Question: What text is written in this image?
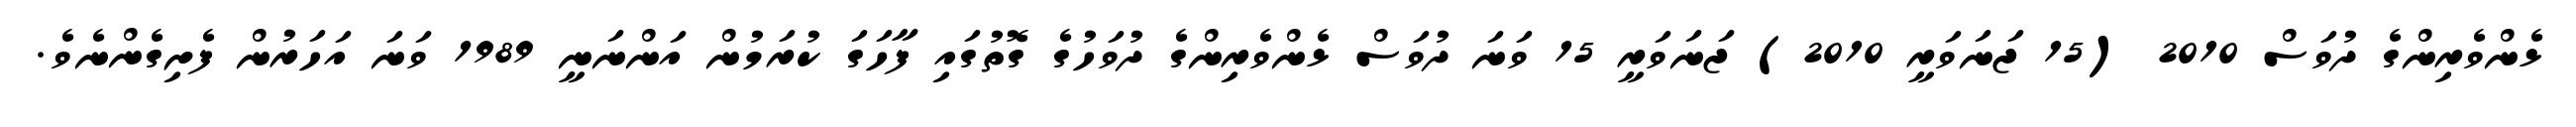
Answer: ޅެންވެރިންގެ ދުވަސް 2010 (15 ޖަނަވަރީ 2010) ޖަނަވަރީ 15 ވަނަ ދުވަސް ޅެންވެރިންގެ ދުވަހުގެ ގޮތުގައި ފާހަގަ ކުރަމުން އަންނަނީ 1989 ވަނަ އަހަރުން ފެށިގެންނެވެ.